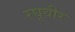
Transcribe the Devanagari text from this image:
रघूवीर